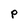
Character: P